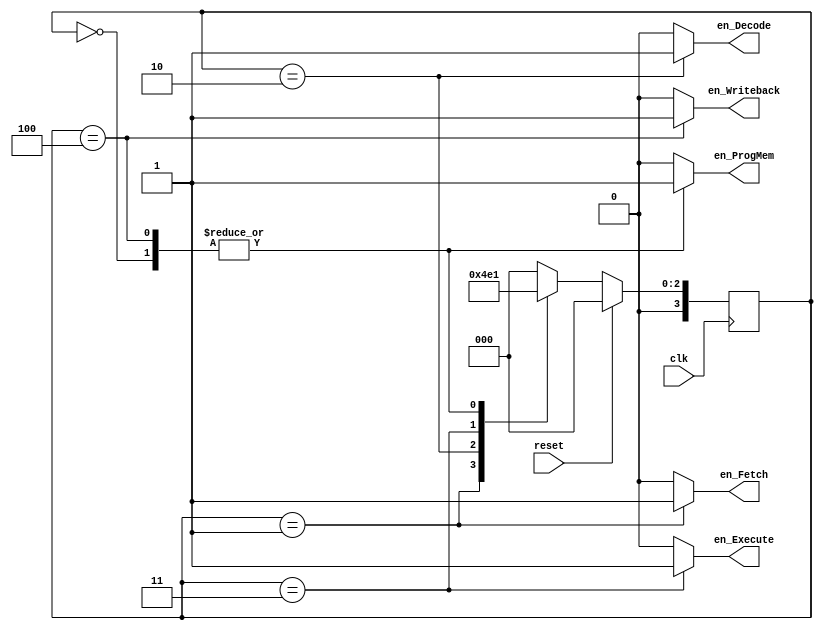
`timescale 1ns / 1ps
/*
Control_Unit performs enabling modules according to cycle.
IDLE, only      : Program_Memory enable is high to fetch instruction.
FETCH_CYCLE     : enable signal given to Instruction_Register to fetch instruction from Program_Memory.
DECODE_CYCLE    : enable signal given to Instruction_Decoder to decode the Instruction REG.
EXECUTE_CYCLE   : enable signal given to ALU to perform its operations. 
WRITEBACK_CYCLE : enable signal given to Register_File to write data. 
*/
module Control_Unit(clk, reset, en_ProgMem, en_Fetch, en_Decode, en_Execute, en_Writeback);

  input      clk;                 
  input      reset;                
  output reg en_ProgMem;           //Program_Memory enable
  output reg en_Fetch;             //Fetch enable
  output reg en_Decode;            //Decode enable
  output reg en_Execute;           //Execute enable
  output reg en_Writeback;         //Writeback enable

  reg [3:0] ps;                    //Present state
  reg [3:0] ns;                    //Next state
  
  parameter IDLE            =  4'b0000;
  parameter FETCH_CYCLE     =  4'b0001;    
  parameter DECODE_CYCLE    =  4'b0010;
  parameter EXECUTE_CYCLE   =  4'b0011;
  parameter WRITEBACK_CYCLE =  4'b0100;    
  
  always@(negedge clk)
  begin
   if(reset)
     ps <= IDLE;
   else
     ps <= ns;
  end
 
  always@(ps)
  begin
    case(ps)
	
      IDLE:
	    begin
          ns           <= FETCH_CYCLE;
          en_ProgMem   <= 1;
          en_Fetch     <= 0;
          en_Decode    <= 0;
          en_Execute   <= 0;
          en_Writeback <= 0;    
        end
		
      FETCH_CYCLE:
	    begin 
          ns           <= DECODE_CYCLE;
          en_ProgMem   <= 0;
          en_Fetch     <= 1;
          en_Decode    <= 0;
          en_Execute   <= 0;
          en_Writeback <= 0;
        end
    
      DECODE_CYCLE: 
	    begin
          ns           <= EXECUTE_CYCLE;
          en_ProgMem   <= 0;
          en_Fetch     <= 0;
          en_Decode    <= 1;
          en_Execute   <= 0;
          en_Writeback <= 0;
        end
    
      EXECUTE_CYCLE: 
	    begin
          ns           <= WRITEBACK_CYCLE;
          en_ProgMem   <= 0;
          en_Fetch     <= 0;
          en_Decode    <= 0;
          en_Execute   <= 1;
          en_Writeback <= 0;
        end

      WRITEBACK_CYCLE: 
	    begin
          ns           <= FETCH_CYCLE;
          en_ProgMem   <= 1;
          en_Fetch     <= 0;
          en_Decode    <= 0;
          en_Execute   <= 0;
          en_Writeback <= 1;
        end
    
      default: 
	    begin
	      ns           <= IDLE;
          en_ProgMem   <= 0;
          en_Fetch     <= 0;
          en_Decode    <= 0;
          en_Execute   <= 0;
          en_Writeback <= 0;  
        end
	   
    endcase
	
  end

endmodule